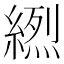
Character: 𦃾